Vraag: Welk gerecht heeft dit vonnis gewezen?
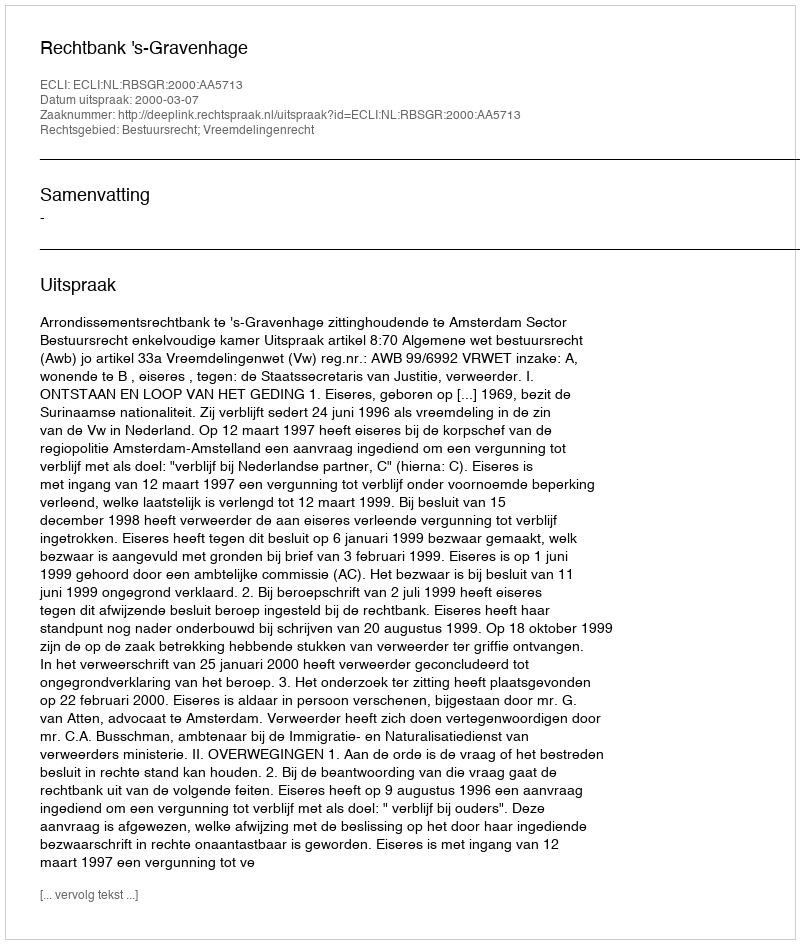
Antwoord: Rechtbank 's-Gravenhage